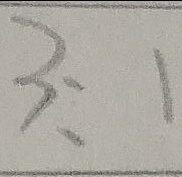
3 : 1